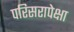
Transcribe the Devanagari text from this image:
परिसरापेक्षा